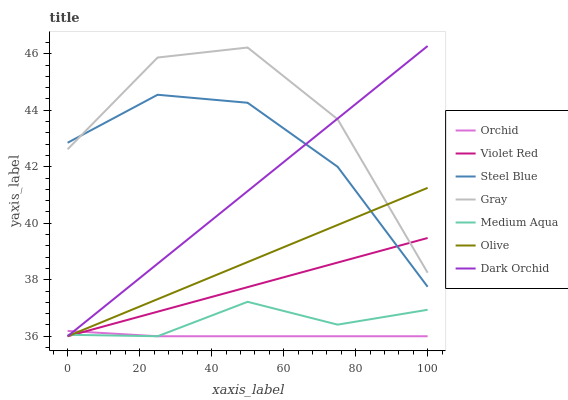
| xaxis_label | Orchid | Violet Red | Steel Blue | Gray | Medium Aqua | Olive | Dark Orchid |
 | --- | --- | --- | --- | --- | --- | --- | --- |
 | 0 | 36.2 | 36 | 42.9 | 42.6 | 36.1 | 36 | 36 |
 | 25 | 36 | 36.9 | 44.5 | 45.9 | 36 | 37.3 | 38.6 |
 | 50 | 36 | 37.7 | 44.3 | 46.2 | 37.2 | 38.6 | 41.1 |
 | 75 | 36 | 38.6 | 42 | 43.7 | 36.4 | 39.9 | 43.7 |
 | 100 | 36 | 39.5 | 37.8 | 38.2 | 36.9 | 41.3 | 46.3 |